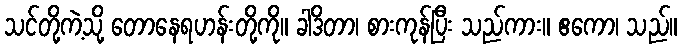
သင်တို့ကဲ့သို့ တောနေရဟန်းတို့ကို။ ခါဒိတာ၊ စားကုန်ပြီး သည်ကား။ ဧကော၊ သည်။